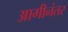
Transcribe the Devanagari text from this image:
आगीनंतर